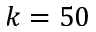
k = 5 0